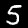
Digit: 5